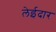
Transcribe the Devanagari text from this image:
लेईदार